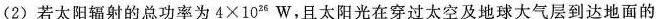
(2)若太阳辐射的总功率为$$4 \times 1 0 ^ { 2 6 } W$$，且太阳光在穿过太空及地球大气层到达地面的